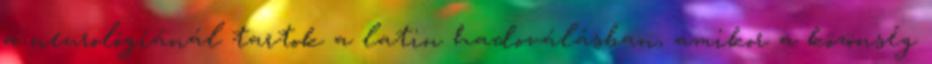
a neurológiánál tartok a latin hadoválásban, amikor a közönség